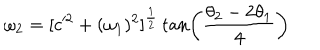
LaTeX: \omega _ { 2 } = [ c ^ { 2 } + ( \omega _ { 1 } ) ^ { 2 } ] ^ { \frac { 1 } { 2 } } \tan \left( { \frac { \theta _ { 2 } - 2 \theta _ { 1 } } { 4 } } \right)